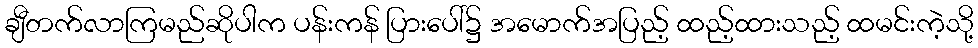
ချီတက်လာကြမည်ဆိုပါက ပန်းကန် ပြားပေါ်၌ အမောက်အပြည့် ထည့်ထားသည့် ထမင်းကဲ့သို့